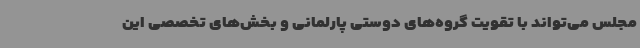
مجلس می‌تواند با تقویت گروه‌های دوستی پارلمانی و بخش‌های تخصصی این